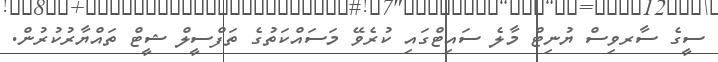
ސީގެ ސާރވިސް ޔުނިޓް މާލެ ސައިޓްގައި ކުރެވޭ މަސައްކަތުގެ ތަފްސީލް ޝީޓް ތައްޔާރުކުރުން.